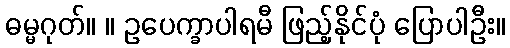
ဓမ္မဂုတ်။ ။ ဥပေက္ခာပါရမီ ဖြည့်နိုင်ပုံ ပြောပါဦး။